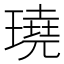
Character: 𤩊